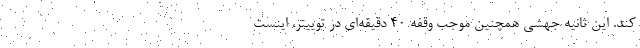
کند. این ثانیه جهشی همچنین موجب وقفه ۴۰ دقیقه‌ای در توییتر، اینست